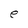
Character: e